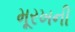
મૂરખની